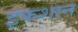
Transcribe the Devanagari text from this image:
इफशान